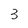
Character: 3